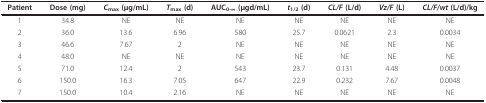
<table><thead><tr><td><b>Patient</b></td><td><b>Dose (mg)</b></td><td><b><i>C</i><sub>max </sub>(μg/mL)</b></td><td><b><i>T</i><sub>max </sub>(d)</b></td><td><b>AUC<sub>0-∞ </sub>(μgd/mL)</b></td><td><b><i>t</i><sub>1/2 </sub>(d)</b></td><td><b><i>CL/F </i>(L/d)</b></td><td><b><i>Vz/F </i>(L)</b></td><td><b><i>CL/F/wt </i>(L/d)/kg</b></td></tr></thead><tbody><tr><td>1</td><td>34.8</td><td>NE</td><td>NE</td><td>NE</td><td>NE</td><td>NE</td><td>NE</td><td>NE</td></tr><tr><td>2</td><td>36.0</td><td>13.6</td><td>6.96</td><td>580</td><td>25.7</td><td>0.0621</td><td>2.3</td><td>0.0034</td></tr><tr><td>3</td><td>46.6</td><td>7.67</td><td>2</td><td>NE</td><td>NE</td><td>NE</td><td>NE</td><td>NE</td></tr><tr><td>4</td><td>48.0</td><td>NE</td><td>NE</td><td>NE</td><td>NE</td><td>NE</td><td>NE</td><td>NE</td></tr><tr><td>5</td><td>71.0</td><td>12.4</td><td>2</td><td>543</td><td>23.7</td><td>0.131</td><td>4.48</td><td>0.0037</td></tr><tr><td>6</td><td>150.0</td><td>16.3</td><td>7.05</td><td>647</td><td>22.9</td><td>0.232</td><td>7.67</td><td>0.0048</td></tr><tr><td>7</td><td>150.0</td><td>10.4</td><td>2.16</td><td>NE</td><td>NE</td><td>NE</td><td>NE</td><td>NE</td></tr></tbody></table>